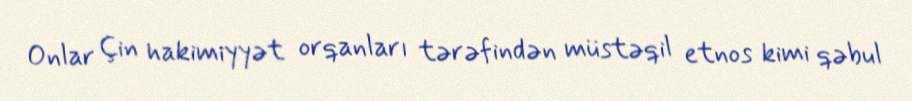
Onlar Çin hakimiyyət orqanları tərəfindən müstəqil etnos kimi qəbul